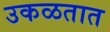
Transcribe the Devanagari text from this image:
उकळतात